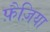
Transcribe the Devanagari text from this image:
फ़ैज़िया